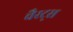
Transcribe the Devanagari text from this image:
चैरट्स